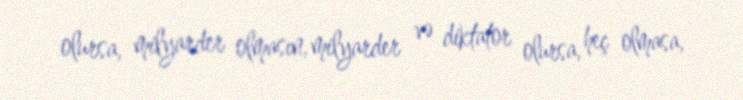
olursa, milyarder olmasın, milyarder və diktator olursa, heç olmasa,